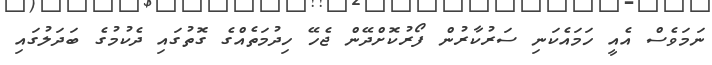
ނަމަވެސް އެއީ ހަމައެކަނި ސަރުކާރުން ފޯރުކޮށްދޭން ޖެހޭ ހިދުމަތެއްގެ ގޮތުގައި ދެކުމުގެ ބަދަލުގައި